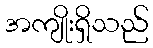
အကျိုးရှိသည်